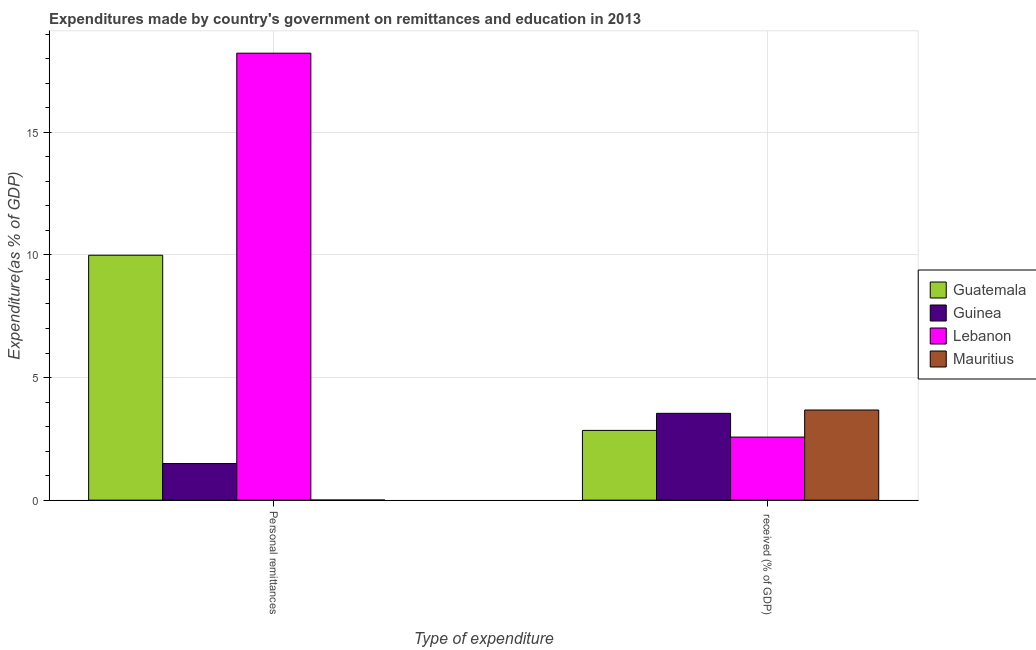
| Type of expenditure | Guatemala | Guinea | Lebanon | Mauritius |
 | --- | --- | --- | --- | --- |
 | Personal remittances | 9.99 | 1.49 | 18.2 | 0.00463 |
 |  received (% of GDP) | 2.85 | 3.54 | 2.57 | 3.68 |